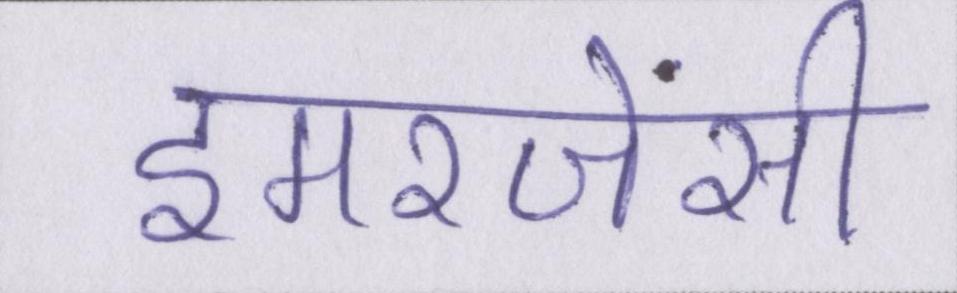
इमरजेंसी